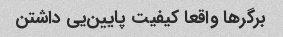
برگرها واقعا کیفیت پایین‌یی داشتن